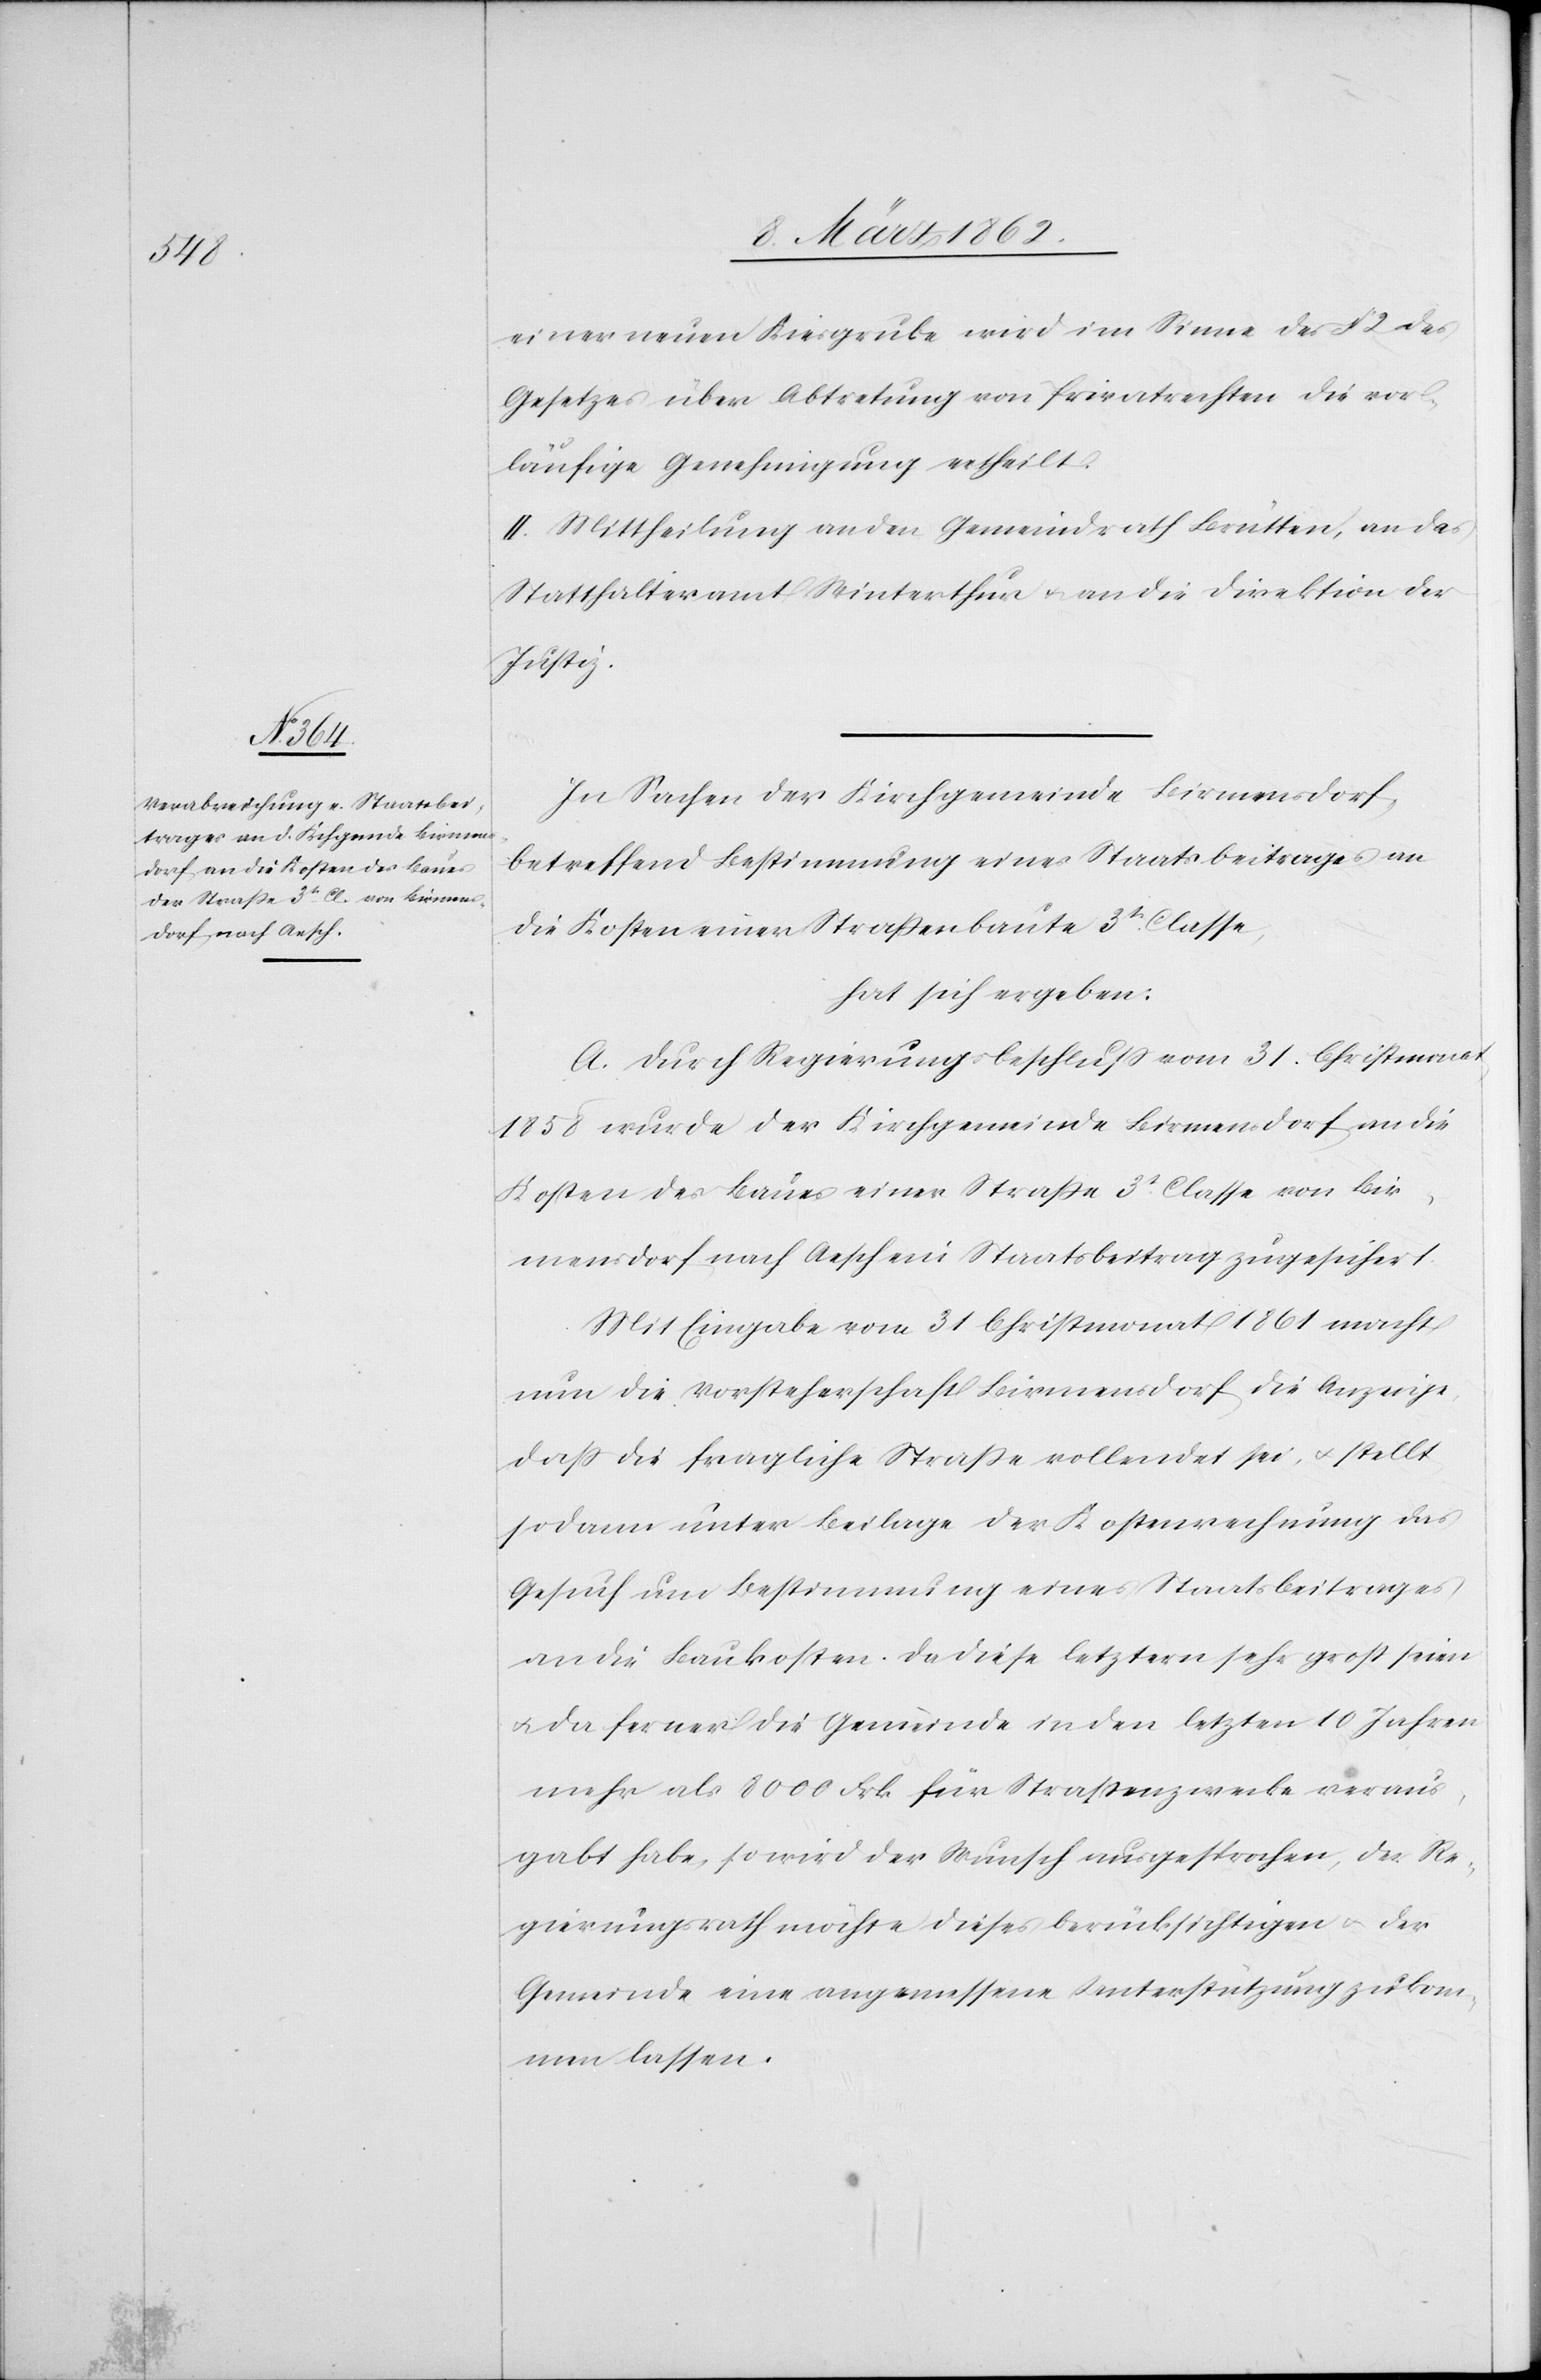
einer neuen Kiesgrube wird im Sinne des § 2 des
Gesetzes über Abtretung von Privatrechten die vor¬
läufige Genehmigung ertheilt.
II. Mittheilung an den Gemeindrath Brütten, an das
Statthalteramt Winterthur u. an die Direktion der
Justiz.
In Sachen der Kirchgemeinde Birmensdorf,
betreffend Bestimmung eines Staatsbeitrages an
die Kosten einer Straßenbaute 3t. Classe,
hat sich ergeben:
A. Durch Regierungsbeschluß vom 31. Christmonat
1858 wurde der Kirchgemeinde Birmensdorf an die
Kosten des Baues einer Straße 3t. Classe von Bir¬
mensdorf nach Aesch ein Staatsbeitrag zugesichert.
Mit Eingabe vom 31 Christmonat 1861 macht
nun die Vorsteherschaft Birmensdorf die Anzeige,
daß die fragliche Straße vollendet sei, u. stellt
sodann unter Beilage der Kostenrechnung das
Gesuch um Bestimmung eines Staatsbeitrages
an die Baukosten. Da diese letztern sehr groß seien
u. da ferner die Gemeinde in den letzten 10 Jahren
mehr als 8000 Frk. für Straßenzwecke veraus¬
gabt habe, so wird der Wunsch ausgesprochen, der Re¬
gierungsrath möchte dieses berücksichtigen u. der
Gemeinde eine angemessene Unterstützung zukom¬
men lassen.